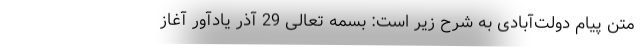
متن پیام دولت‌آبادی به شرح زیر است: بسمه تعالی 29 آذر یادآور آغاز